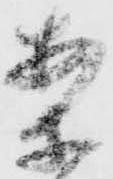
案